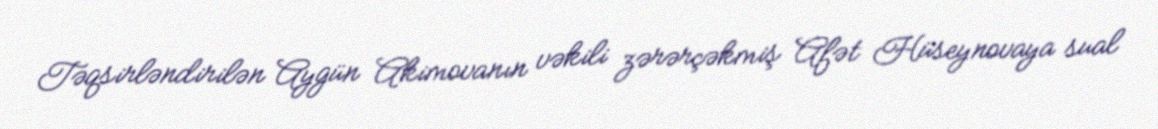
Təqsirləndirilən Aygün Akimovanın vəkili zərərçəkmiş Afət Hüseynovaya sual